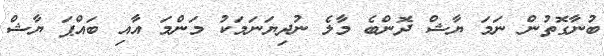
ބުނާގޮތުން ނަމަ ޔާޝް ދޮންބެ މާލެ ނުދިޔަނަމަކު މަންމަ އާއި ބައްޕަ ޔާޝް